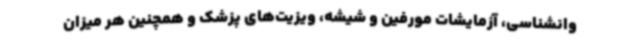
وانشناسی، آزمایشات مورفین و شیشه، ویزیت‌های پزشک و همچنین هر میزان